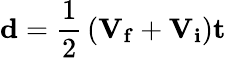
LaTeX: \mathbf{d}={\frac{1}{2}}\left(\mathbf{V_{f}}+\mathbf{V_{i}}\right)\mathbf{t}